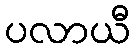
ပလာယီ